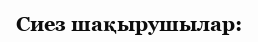
Сиез шақырушылар: